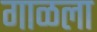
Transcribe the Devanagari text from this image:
गाळला